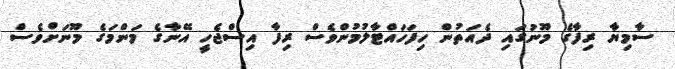
ސާމިޔާ ރިފާގެ މޫނުގައި ދެއަތުން ހިފަހައްޓާލުމުންވެސް ރިފާ އިސްޖެހީ އޭނާގެ މަންމަގެ މޫނަށްވެސް